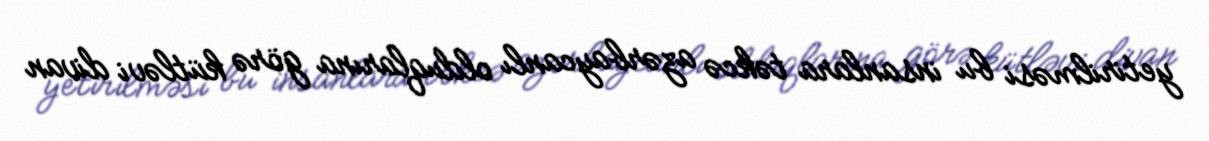
yetirilməsi bu insanlara təkcə azərbaycanlı olduqlarına görə kütləvi divan